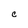
Character: C